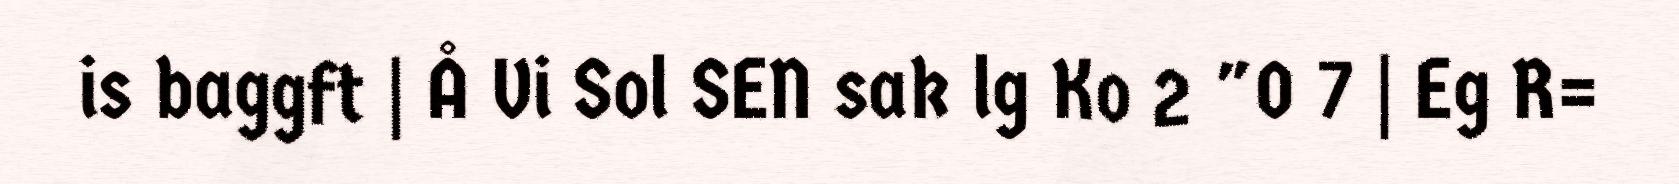
is baggft | Å Vi Sol SEN sak lg Ko 2 "0 7 | Eg R=